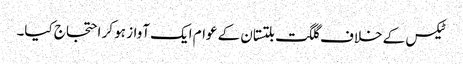
ٹیکس کے خلاف گلگت بلتستان کے عوام ایک آواز ہو کر احتجاج کیا۔